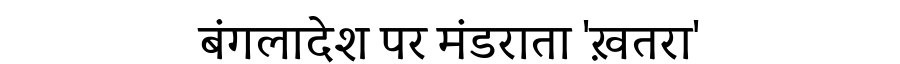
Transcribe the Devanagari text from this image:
बंगलादेश पर मंडराता 'ख़तरा'